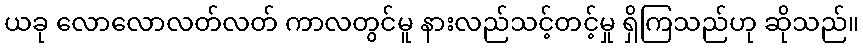
ယခု လောလောလတ်လတ် ကာလတွင်မူ နားလည်သင့်တင့်မှု ရှိကြသည်ဟု ဆိုသည်။